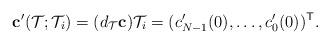
LaTeX: \begin{align*}\mathbf c^\mathsf{\prime}(\mathcal T;\mathcal T_i)=(d_{\mathcal T}\mathbf c) \mathcal T_i=(c_{N-1}^\mathsf{\prime}(0),\dots,c_0^\mathsf{\prime}(0))^\mathsf{T}. \end{align*}